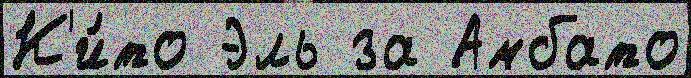
К'и́то Эль за Амбато